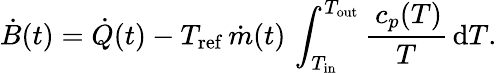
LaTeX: \dot{B}(t)=\dot{Q}(t)-T_{\mathrm{ref}}\, \dot{m}(t)\, \int_{T_{\mathrm{in}}}^{T_{\mathrm{out}}}\frac{\, c_{p}(T)}{T}\, \mathrm{d}T.